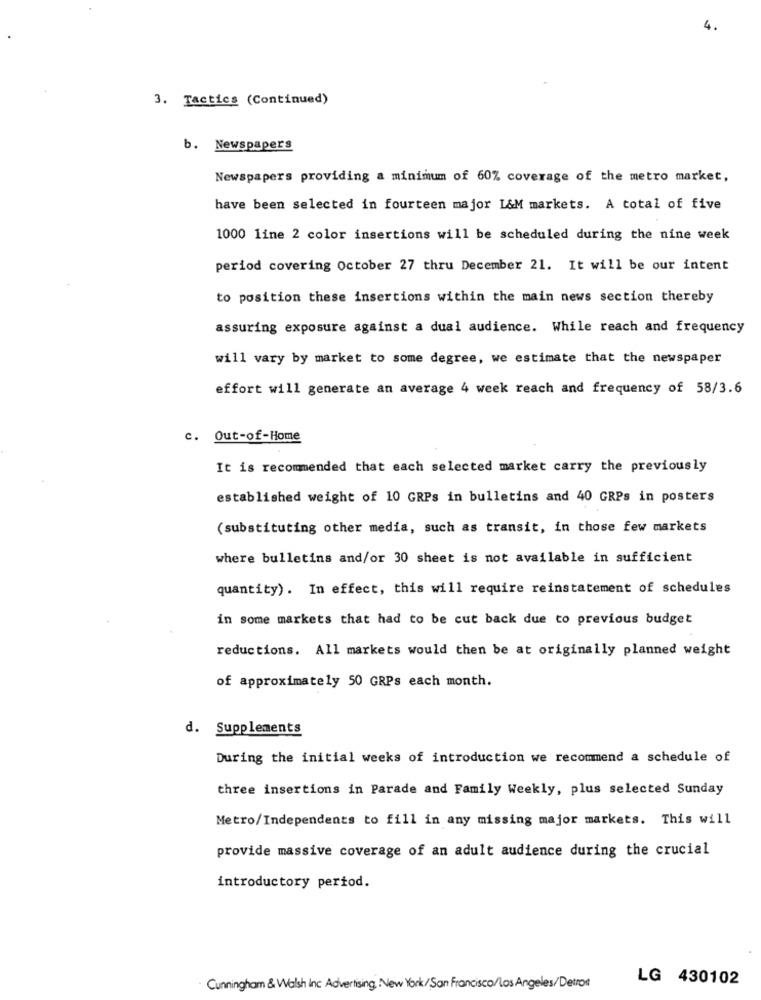
4.
3. Tactics (Continued)
b. Newspapers
Newspapers providing a minimum of 60% coverage of the metro market,
have been selected in fourteen major L&M markets. A total of five
1000 line 2 color insertions will be scheduled during the nine week
period covering October 27 thru December 21. It will be our intent
to position these insertions within the main news section thereby
assuring exposure against a dual audience. While reach and frequency
will vary by market to some degree, we estimate that the newspaper
effort will generate an average 4 week reach and frequency of 58/3.6
c. Out-of-Home
It is recommended that each selected market carry the previously
established weight of 10 GRPs in bulletins and 40 GRPs in posters
(substituting other media, such as transit, in those few markets
where bulletins and/or 30 sheet is not available in sufficient
quantity). In effect, this will require reinstatement of schedules
in some markets that had to be cut back due to previous budget
reductions. All markets would then be at originally planned weight
of approximately 50 GRPs each month.
d. Supplements
During the initial weeks of introduction we recommend a schedule of
three insertions in Parade and Family Weekly, plus selected Sunday
Metro/Independents to fill in any missing major markets. This will
provide massive coverage of an adult audience during the crucial
introductory period.
LG 430102
Cunningham & Walsh Inc Advertising New York/San Francisco/Los Angeles/Detrot